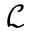
\mathcal { L }